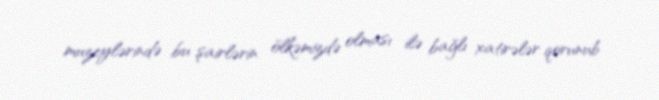
muzeylərində bu şairlərin ölkəmizdə olması ilə bağlı xatirələr qorunub